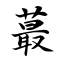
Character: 蕞